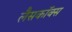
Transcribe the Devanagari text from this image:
लैसकॉक्स